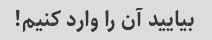
بیایید آن را وارد کنیم!